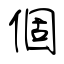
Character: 個